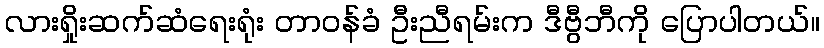
လားရှိုးဆက်ဆံရေးရုံး တာဝန်ခံ ဦးညီရမ်းက ဒီဗွီဘီကို ပြောပါတယ်။